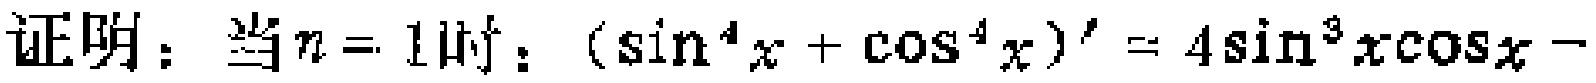
证明：当\(n = 1\)时：\((\sin^{4}x+\cos^{4}x)' = 4\sin^{3}x\cos x - \)